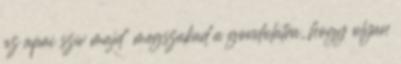
az apai szív majd' megszakad a gondolatra, hogy olyan